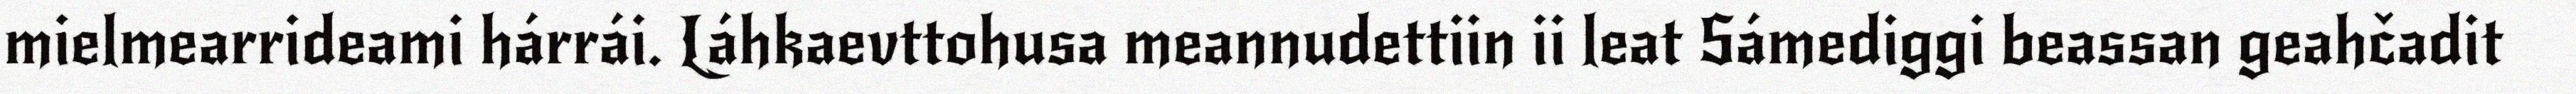
mielmearrideami hárrái. Láhkaevttohusa meannudettiin ii leat Sámediggi beassan geahčadit